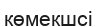
көмекшсі